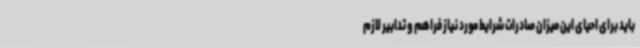
باید برای احیای این میزان صادرات شرایط مورد نیاز فراهم و تدابیر لازم